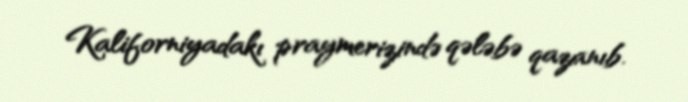
Kaliforniyadakı praymerizində qələbə qazanıb.